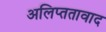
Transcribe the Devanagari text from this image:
अलिप्ततावाद